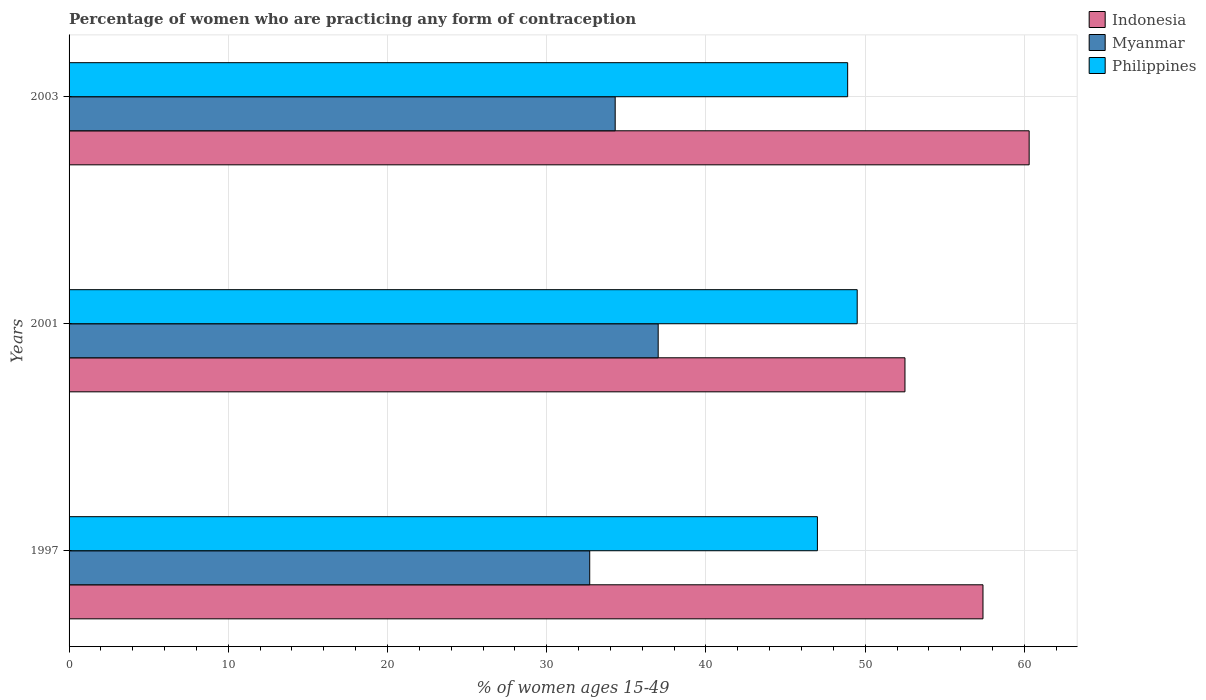
| Years | Indonesia | Myanmar | Philippines |
 | --- | --- | --- | --- |
 | 1997 | 57.4 | 32.7 | 47 |
 | 2001 | 52.5 | 37 | 49.5 |
 | 2003 | 60.3 | 34.3 | 48.9 |